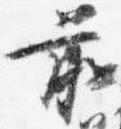
前